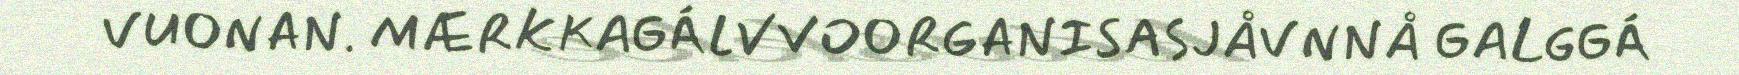
VUONAN. MÆRKKAGÁLVVOORGANISASJÅVNNÅ GALGGÁ